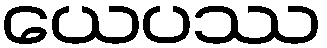
ယေပဿ